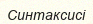
Синтаксисі